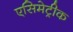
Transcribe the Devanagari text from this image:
एसिमेट्रीक